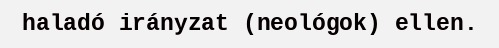
haladó irányzat (neológok) ellen.